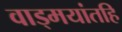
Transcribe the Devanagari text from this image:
वाड्मयांतहि